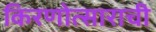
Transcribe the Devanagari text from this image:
किरणोत्साराची